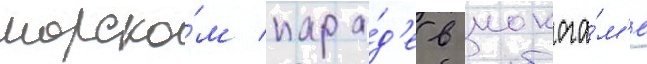
морско́м пара́д'е в иокога́м'е